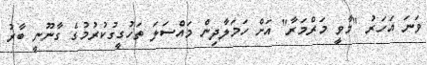
ވަނަ އަހަރު "މާވީ މަރްމަރާ" އަށް ހަމަލާދިން މައްސަލަ ތަހުގީގުކުރުމުގެ ގާނޫނީ ބާރު